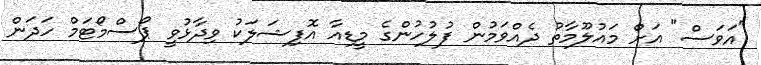
"އަވަސް" އަށް މައުލޫމާތު ދެއްވަމުން ފުލުހުންގެ މީޑިއާ އޮފިޝަލަކު ވިދާޅުވީ ޕޯސްމޯޓަމް ހަދަން